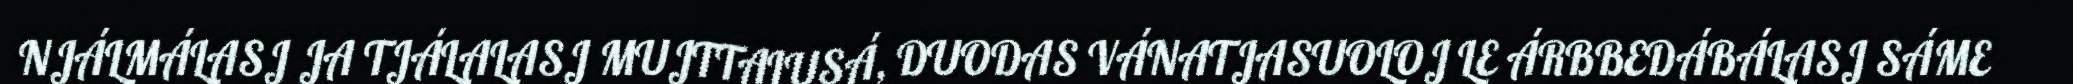
NJÁLMÁLASJ JA TJÁLALASJ MUJTTALUSÁ, DUODAS VÁNATJASUOLOJ LE ÁRBBEDÁBÁLASJ SÁME